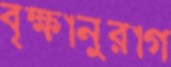
বৃক্ষানুরাগ